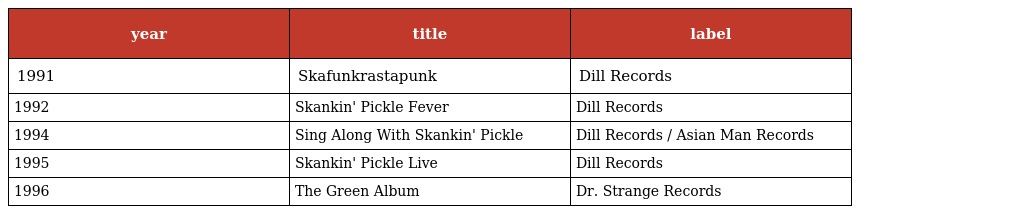
| year | title | label |
 | --- | --- | --- |
 | 1991 | Skafunkrastapunk | Dill Records |
 | 1992 | Skankin' Pickle Fever | Dill Records |
 | 1994 | Sing Along With Skankin' Pickle | Dill Records / Asian Man Records |
 | 1995 | Skankin' Pickle Live | Dill Records |
 | 1996 | The Green Album | Dr. Strange Records |